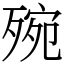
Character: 㱧